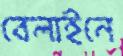
বেলাইনে